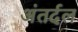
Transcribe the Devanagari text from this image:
अंतर्दल